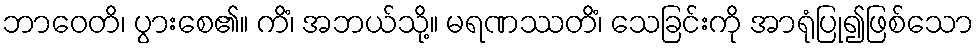
ဘာဝေတိ၊ ပွားစေ၏။ ကိံ၊ အဘယ်သို့။ မရဏဿတိံ၊ သေခြင်းကို အာရုံပြု၍ဖြစ်သော